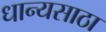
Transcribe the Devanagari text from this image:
धान्यसाठा